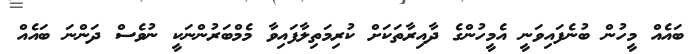
ބައެއް މީހުން ބުނެފައިވަނީ އެމީހުންގެ ދާއިރާތަކަށް ކުރިމަތިލާފައިވާ މެމްބަރުންނަކީ ނުވެސް ދަންނަ ބައެއް